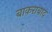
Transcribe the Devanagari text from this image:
बाकराबाद